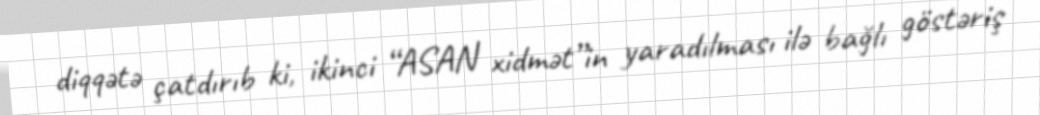
diqqətə çatdırıb ki, ikinci “ASAN xidmət”in yaradılması ilə bağlı göstəriş